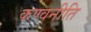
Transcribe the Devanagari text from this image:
कण्वनीति